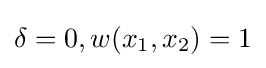
\delta =0,w(x_{1},x_{2})=1